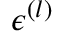
\epsilon ^ { ( l ) }